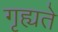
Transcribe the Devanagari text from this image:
गृह्यते